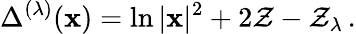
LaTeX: \Delta^{(\lambda)}(\mathbf{x})=\ln|\mathbf{x}|^{2}+2\mathcal{{Z}}-\mathcal{{Z}}_{\lambda}\, .